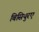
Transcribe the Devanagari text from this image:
बिसियुरए